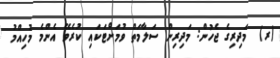
(ރ)  މަދިރިގެ ޖެހުން: މަދިރިން ސަލާމަތް ވުމަށްޓަކައި ކުރެވޭ އެންމެ މުހިއްމު